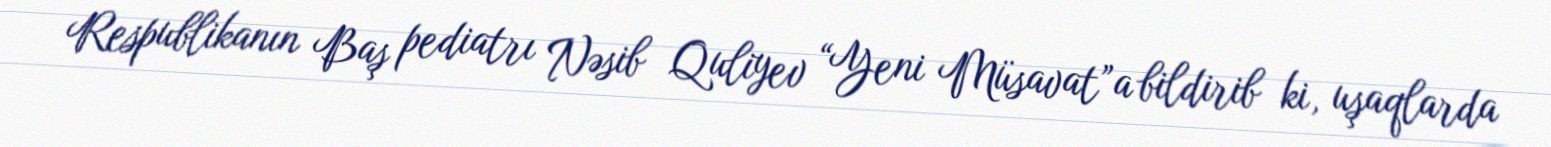
Respublikanın Baş pediatrı Nəsib Quliyev “Yeni Müsavat”a bildirib ki, uşaqlarda